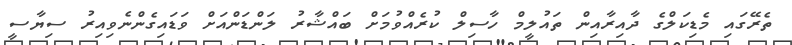
ތެރޭގައި މެޑިކަލްގެ ދާއިރާއިން ތައުލީމް ހާސިލް ކުރެއްވުމަށް ބައްޝާރު ލަންޑަންއަށް ވަޑައިގެންނެވިއިރު ސިޔާސީ